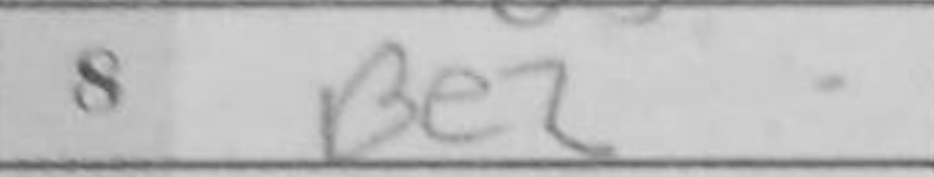
Transcription: Be2